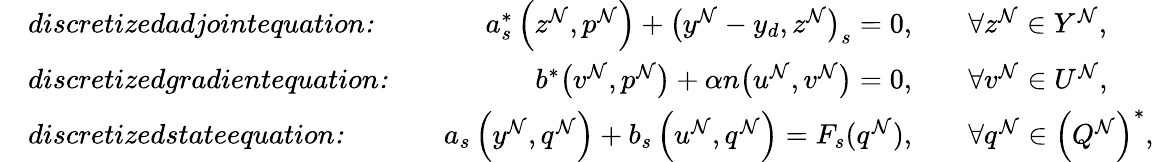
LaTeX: \begin{array}{rlrl}&{\textit{discretizedadjointequation:}\quad}&{a_{s}^{*}\left(z^{\mathcal{N}},p^{\mathcal{N}}\right)+\big(y^{\mathcal{N}}-y_{d},z^{\mathcal{N}}\big)_{s}=0,\quad}&{\forall z^{\mathcal{N}}\in Y^{\mathcal{N}},}\\ &{\textit{discretizedgradientequation:}\quad}&{b^{*}\big(v^{\mathcal{N}},p^{\mathcal{N}}\big)+\alpha n\big(u^{\mathcal{N}},v^{\mathcal{N}}\big)=0,\quad}&{\forall v^{\mathcal{N}}\in U^{\mathcal{N}},}\\ &{\textit{discretizedstateequation:}\quad}&{a_{s}\left(y^{\mathcal{N}},q^{\mathcal{N}}\right)+b_{s}\left(u^{\mathcal{N}},q^{\mathcal{N}}\right)=F_{s}(q^{\mathcal{N}}),\quad}&{\forall q^{\mathcal{N}}\in\left(Q^{\mathcal{N}}\right)^{*},}\end{array}